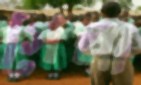
গেল্লা